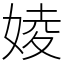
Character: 婈